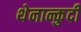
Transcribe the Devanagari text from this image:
थेनान्कुदी